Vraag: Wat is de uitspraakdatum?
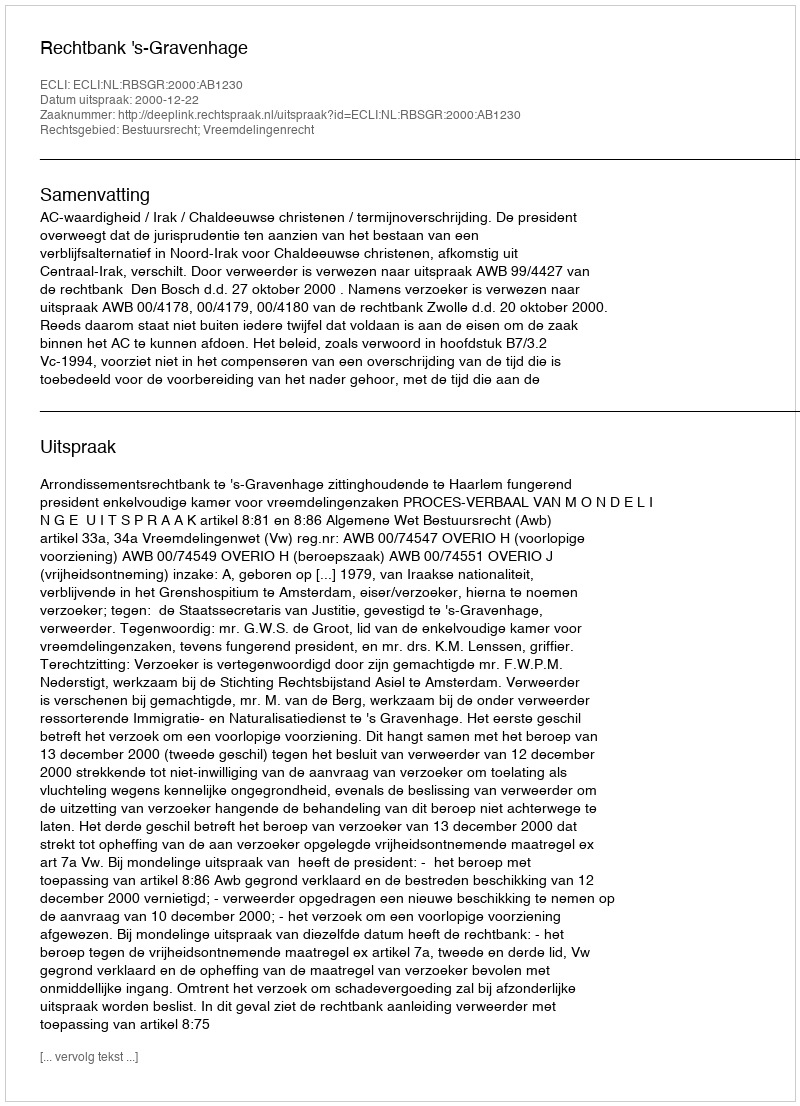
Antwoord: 2000-12-22